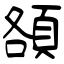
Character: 頟